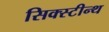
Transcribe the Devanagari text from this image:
सिक्स्टीन्थ